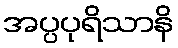
အပ္ပပုရိသာနိ